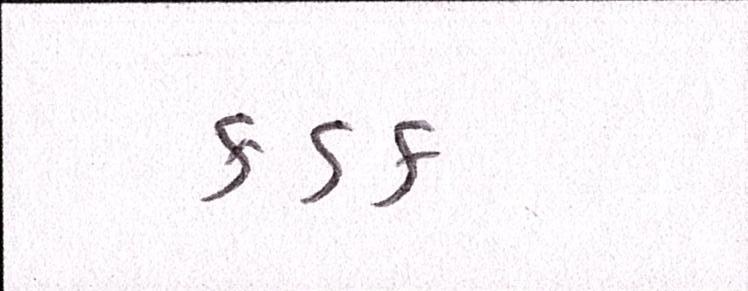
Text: કડક